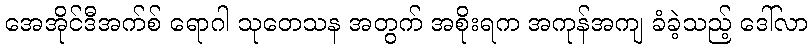
အေအိုင်ဒီအက်စ် ရောဂါ သုတေသန အတွက် အစိုးရက အကုန်အကျ ခံခဲ့သည့် ဒေါ်လာ